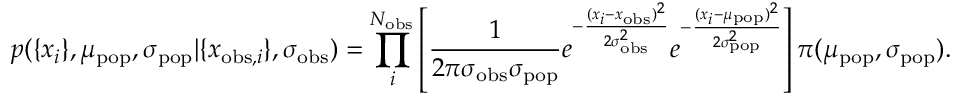
p ( \{ x _ { i } \} , \mu _ { \mathrm { p o p } } , \sigma _ { \mathrm { p o p } } | \{ x _ { \mathrm { o b s } , i } \} , \sigma _ { \mathrm { o b s } } ) = \prod _ { i } ^ { N _ { \mathrm { o b s } } } \left[ \frac { 1 } { 2 \pi \sigma _ { \mathrm { o b s } } \sigma _ { \mathrm { p o p } } } e ^ { - \frac { ( x _ { i } - x _ { \mathrm { o b s } } ) ^ { 2 } } { 2 \sigma _ { \mathrm { o b s } } ^ { 2 } } } e ^ { - \frac { ( x _ { i } - \mu _ { \mathrm { p o p } } ) ^ { 2 } } { 2 \sigma _ { \mathrm { p o p } } ^ { 2 } } } \right] \pi ( \mu _ { \mathrm { p o p } } , \sigma _ { \mathrm { p o p } } ) .